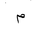
Letter: _mim